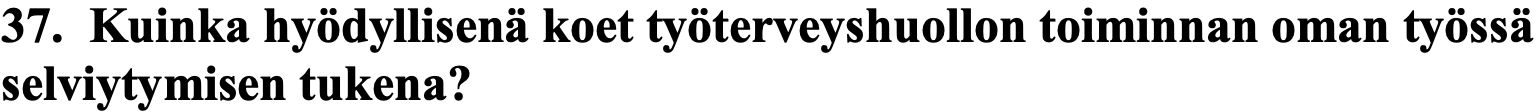
37. Kuinka hyödyllisenä koet työterveyshuollon toiminnan oman työssä selviytymisen tukena?